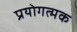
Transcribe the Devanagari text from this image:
प्रयोगत्मक